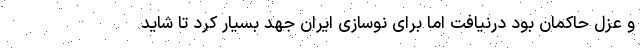
و عزل حاکمان بود درنیافت اما برای نوسازی ایران جهد بسیار کرد تا شاید